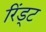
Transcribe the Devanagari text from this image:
रिंड्ट